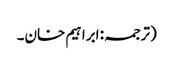
(ترجمہ: ابراہیم خان۔